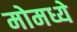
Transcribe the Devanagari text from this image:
मोमध्ये